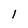
Character: l